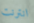
انترنت